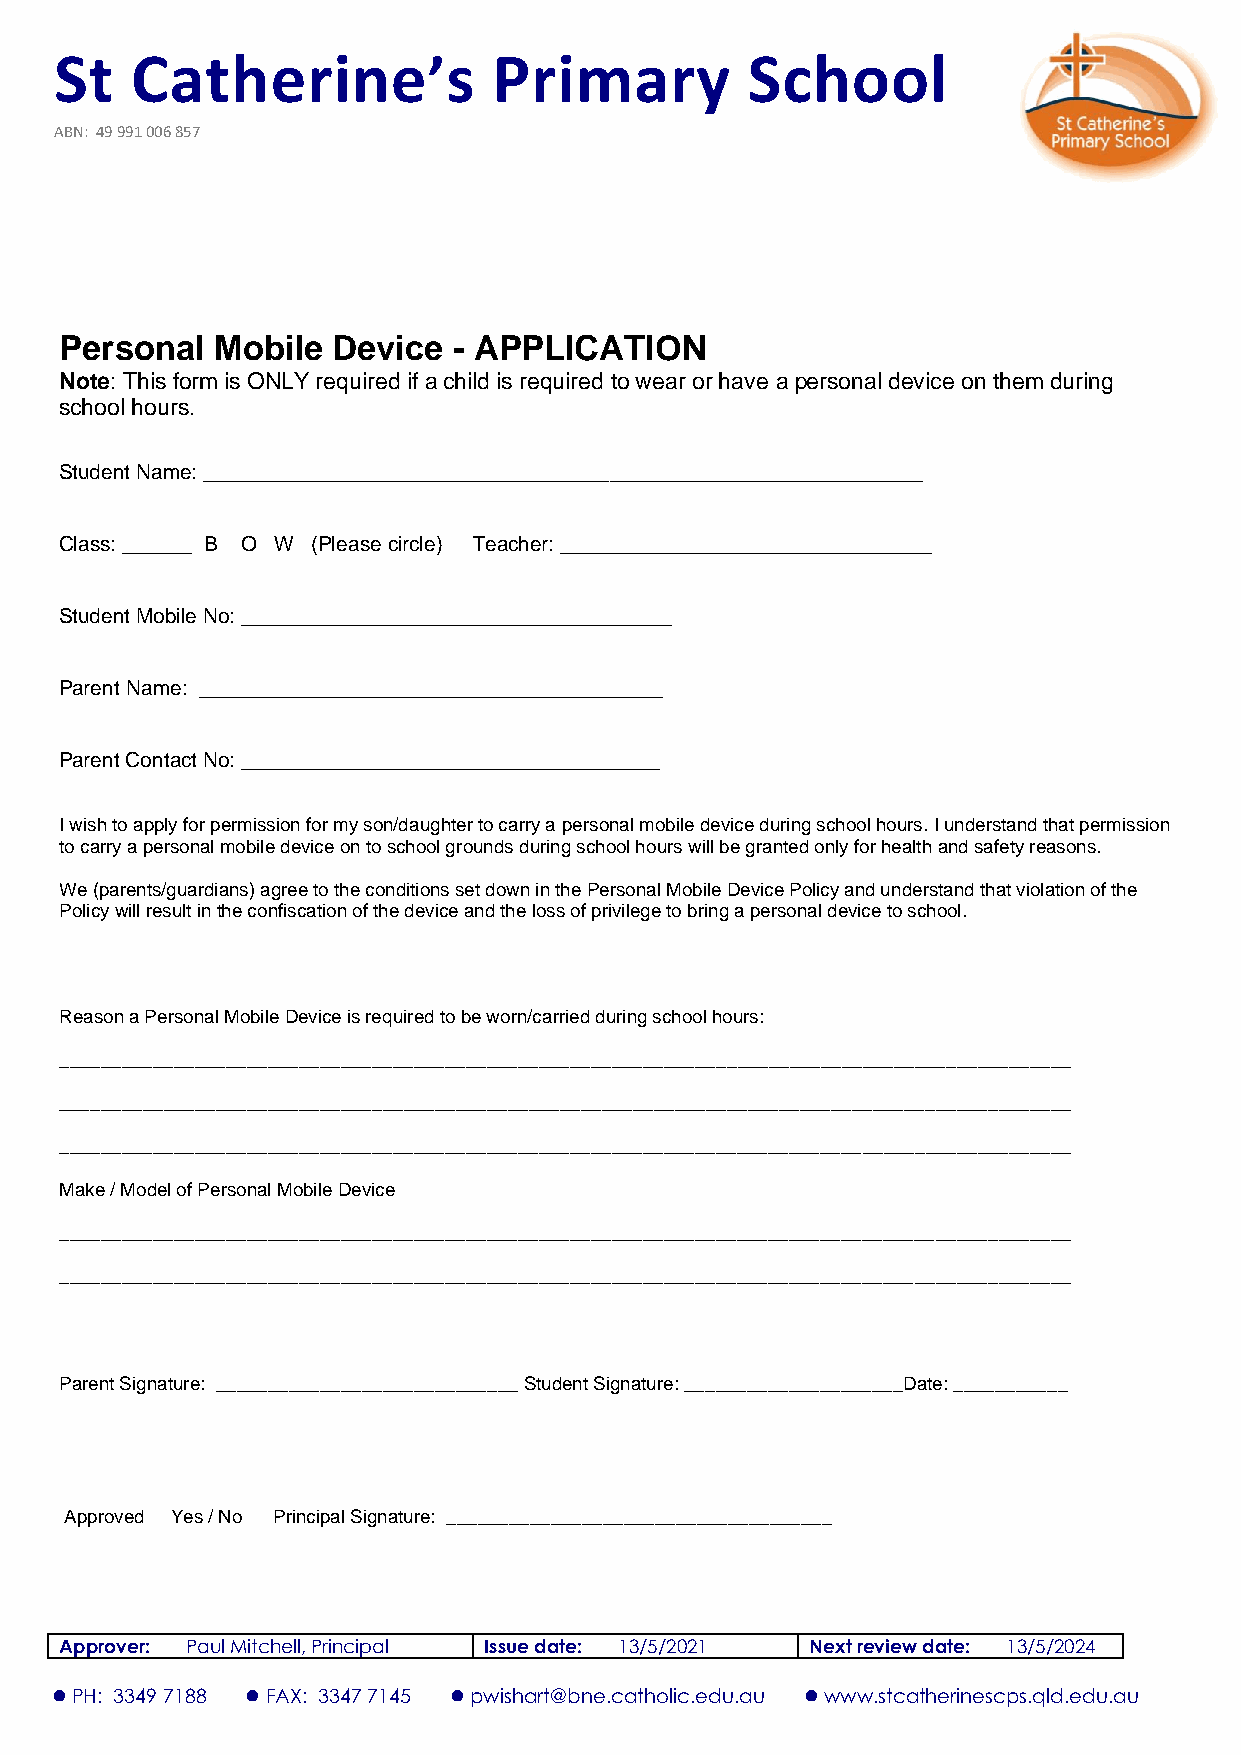
St   Catherine’s             Primary         School
 ABN: 49 991 006 857
 Personal  Mobile  Device  - APPLICATION
 Note: This form is ONLY required if a child is required to wear or have a personal device on them during
 school hours.
 Student Name: ______________________________________________________________
 Class: ______ B O W (Please circle) Teacher: ________________________________
 Student Mobile No: _____________________________________
 Parent Name: ________________________________________
 Parent Contact No: ____________________________________
 I wish to apply for permission for my son/daughter to carry a personal mobile device during school hours. I understand that permission
 to carry a personal mobile device on to school grounds during school hours will be granted only for health and safety reasons.
 We (parents/guardians) agree to the conditions set down in the Personal Mobile Device Policy and understand that violation of the
 Policy will result in the confiscation of the device and the loss of privilege to bring a personal device to school.
 Reason a Personal Mobile Device is required to be worn/carried during school hours:
 _________________________________________________________________________________________________
 _________________________________________________________________________________________________
 _________________________________________________________________________________________________
 Make / Model of Personal Mobile Device
 _________________________________________________________________________________________________
 _________________________________________________________________________________________________
 Parent Signature: _____________________________ Student Signature: _____________________Date: ___________
 Approved Yes / No Principal Signature: _____________________________________
 Approver: Paul Mitchell, Principal Issue date: 13/5/2021 Next review date: 13/5/2024
 ⚫ PH: 3349 7188 ⚫ FAX: 3347 7145 ⚫ pwishart@bne.catholic.edu.au ⚫ www.stcatherinescps.qld.edu.au